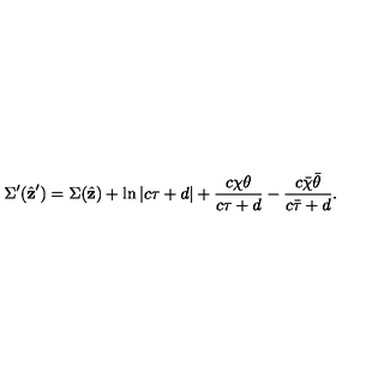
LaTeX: \Sigma ^ { \prime } ( \hat { \bf z } ^ { \prime } ) = \Sigma ( \hat { \bf z } ) + \ln \left| c \tau + d \right| + \frac { c \chi \theta } { c \tau + d } - \frac { c \bar { \chi } \bar { \theta } } { c \bar { \tau } + d } .